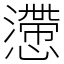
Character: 懘